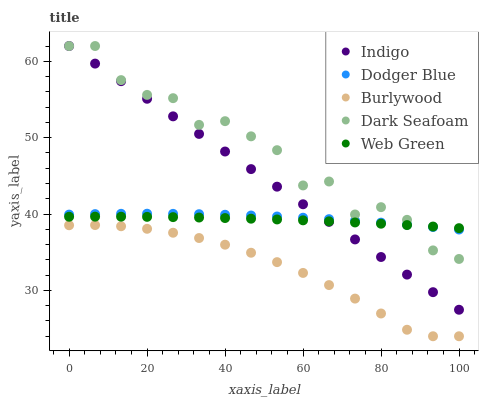
| xaxis_label | Indigo | Dodger Blue | Burlywood | Dark Seafoam | Web Green |
 | --- | --- | --- | --- | --- | --- |
 | 0 | 62 | 39.9 | 38.5 | 62 | 39.6 |
 | 6.67 | 59.7 | 40 | 38.6 | 62 | 39.7 |
 | 13.3 | 57.4 | 40 | 38.4 | 57.5 | 39.7 |
 | 20 | 55.1 | 40 | 38.1 | 55.6 | 39.6 |
 | 26.7 | 52.8 | 40 | 37.6 | 55.2 | 39.6 |
 | 33.3 | 50.5 | 40 | 36.9 | 51.7 | 39.5 |
 | 40 | 48.2 | 39.9 | 36 | 52.2 | 39.5 |
 | 46.7 | 45.9 | 39.8 | 34.9 | 50.2 | 39.4 |
 | 53.3 | 43.6 | 39.7 | 33.7 | 48.4 | 39.3 |
 | 60 | 41.3 | 39.5 | 32.3 | 43.7 | 39.2 |
 | 66.7 | 39 | 39.3 | 30.7 | 44.3 | 39 |
 | 73.3 | 36.7 | 39.1 | 28.9 | 39.9 | 38.9 |
 | 80 | 34.4 | 38.9 | 27 | 40.9 | 38.7 |
 | 86.7 | 32.1 | 38.6 | 24.9 | 39.2 | 38.6 |
 | 93.3 | 29.8 | 38.3 | 24 | 35.2 | 38.4 |
 | 100 | 27.5 | 38 | 24 | 34.1 | 38.2 |